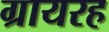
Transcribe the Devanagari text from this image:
ग्रायरह